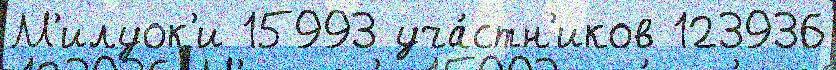
М'илуок'и 15993 уча́стн'иков 123936